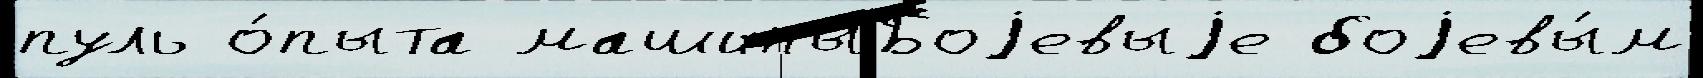
пуль о́пыта машиныБоjевыjе боjевы́м